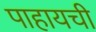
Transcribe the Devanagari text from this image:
पाहायची